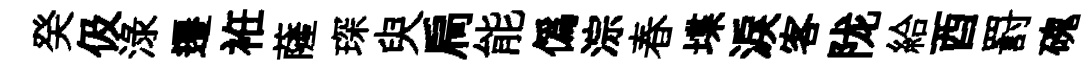
癸伋渌遷袵薩琛臾扃能僞淙春堞淚客陇給酉罸磈